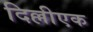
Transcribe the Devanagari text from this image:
दिल्लीएक